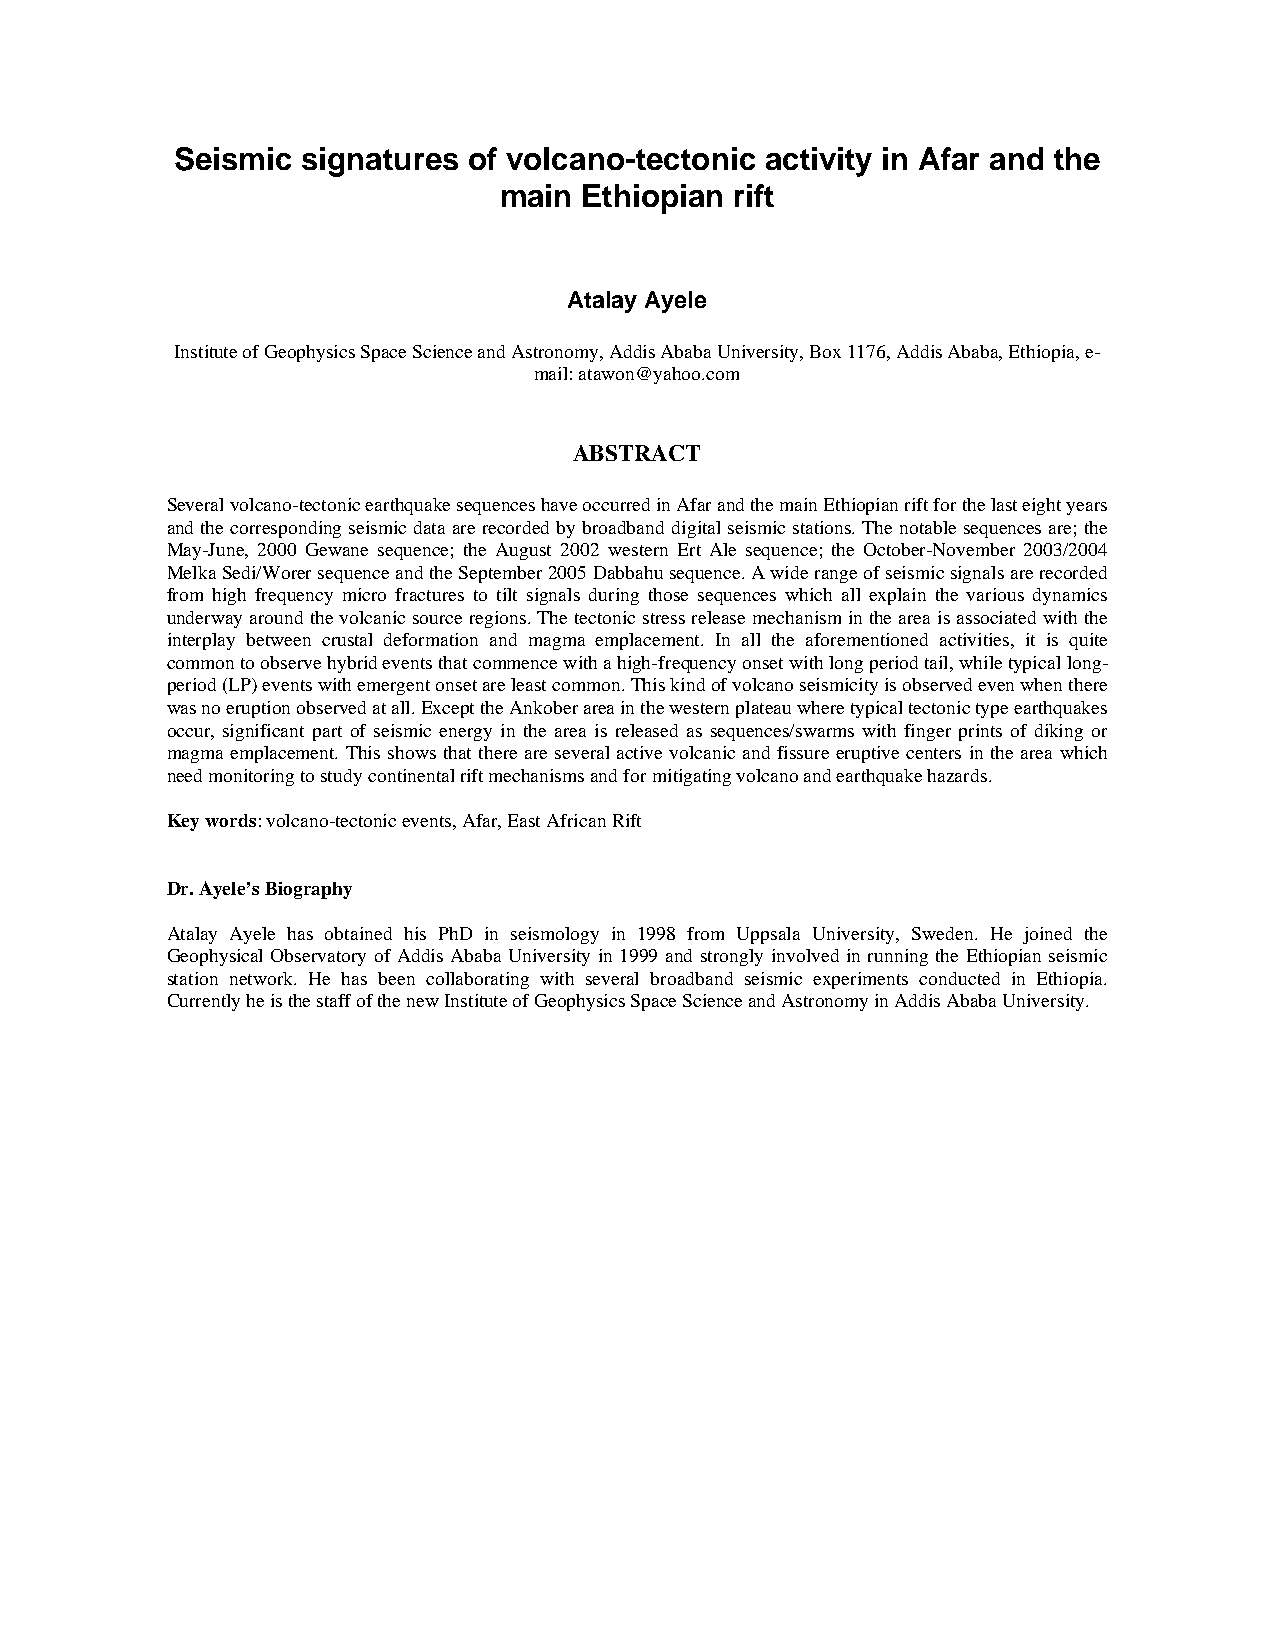
Seismic signatures of volcano-tectonic activity in Afar and the
 main  Ethiopian rift
 Atalay Ayele
 Institute of Geophysics Space Science and Astronomy, Addis Ababa University, Box 1176, Addis Ababa, Ethiopia, e-
 mail: atawon@yahoo.com
 ABSTRACT
 Several volcano-tectonic earthquake sequences have occurred in Afar and the main Ethiopian rift for the last eight years
 and the corresponding seismic data are recorded by broadband digital seismic stations. The notable sequences are; the
 May-June, 2000 Gewane sequence; the August 2002 western Ert Ale sequence; the October-November 2003/2004
 Melka Sedi/Worer sequence and the September 2005 Dabbahu sequence. A wide range of seismic signals are recorded
 from high frequency micro fractures to tilt signals during those sequences which all explain the various dynamics
 underway around the volcanic source regions. The tectonic stress release mechanism in the area is associated with the
 interplay between crustal deformation and magma emplacement. In all the aforementioned activities, it is quite
 common to observe hybrid events that commence with a high-frequency onset with long period tail, while typical long-
 period (LP) events with emergent onset are least common. This kind of volcano seismicity is observed even when there
 was no eruption observed at all. Except the Ankober area in the western plateau where typical tectonic type earthquakes
 occur, significant part of seismic energy in the area is released as sequences/swarms with finger prints of diking or
 magma emplacement. This shows that there are several active volcanic and fissure eruptive centers in the area which
 need monitoring to study continental rift mechanisms and for mitigating volcano and earthquake hazards.
 Key words: volcano-tectonic events, Afar, East African Rift
 Dr. Ayele’s Biography
 Atalay Ayele has obtained his PhD in seismology in 1998 from Uppsala University, Sweden. He joined the
 Geophysical Observatory of Addis Ababa University in 1999 and strongly involved in running the Ethiopian seismic
 station network. He has been collaborating with several broadband seismic experiments conducted in Ethiopia.
 Currently he is the staff of the new Institute of Geophysics Space Science and Astronomy in Addis Ababa University.